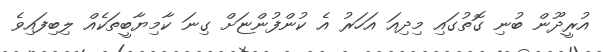
އުރީދޫން ބުނި ގޮތުގައި މިދިއަ އަހަރު އެ ކުންފުންޏަށް ގިނަ ކާމިޔާބީތަކެއް ލިބިފައިވެ